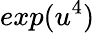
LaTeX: exp(u^{4})